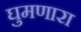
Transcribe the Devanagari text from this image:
घुमणारा